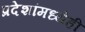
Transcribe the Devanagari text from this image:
प्रदेशांमध्येही